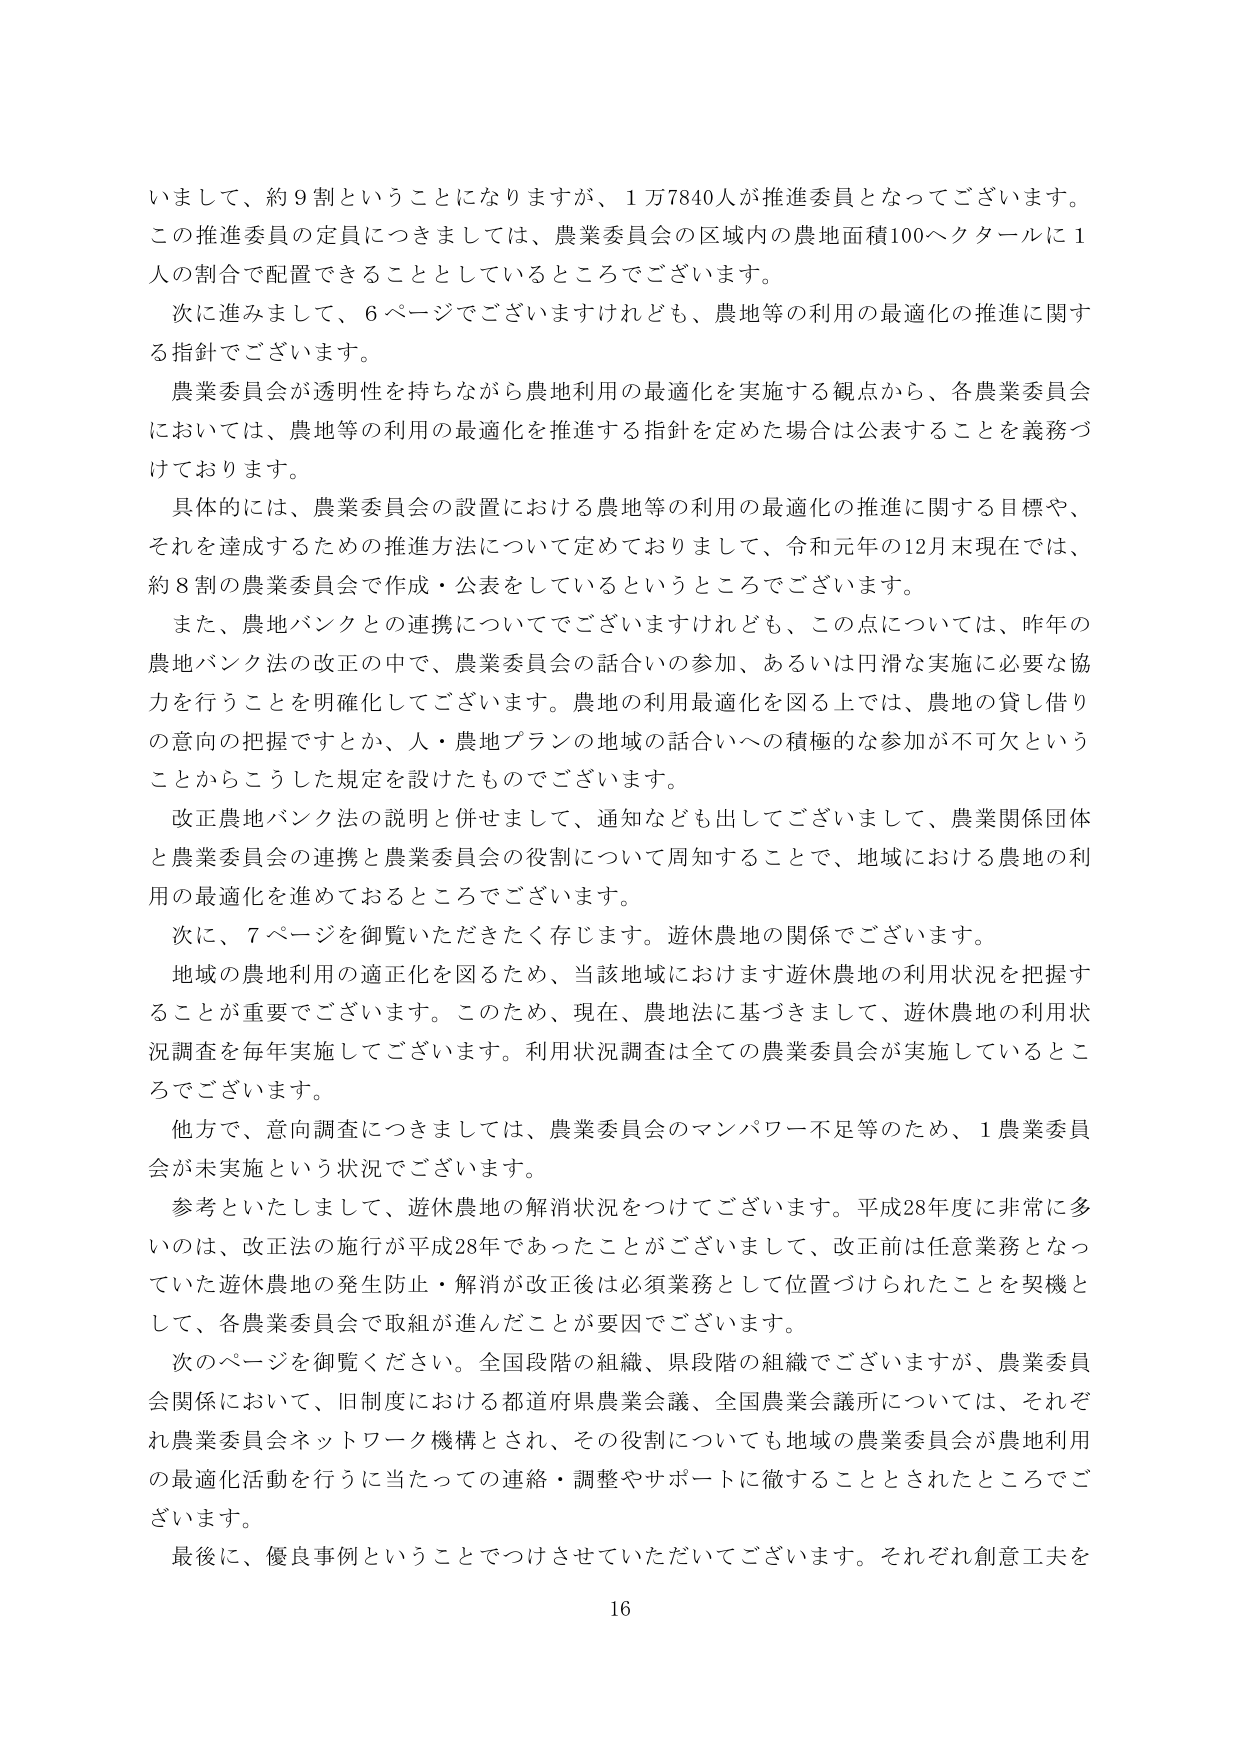
いまして、約９割ということになりますが、１万7840人が推進委員となってございます。
この推進委員の定員につきましては、農業委員会の区域内の農地面積100ヘクタールに１人の割合で配置できることとしているところでございます。
次に進みまして、６ページでございますけれども、農地等の利用の最適化の推進に関する指針でございます。
農業委員会が透明性を持ちながら農地利用の最適化を実施する観点から、各農業委員会においては、農地等の利用の最適化を推進する指針を定めた場合は公表することを義務づけております。
具体的には、農業委員会の設置における農地等の利用の最適化の推進に関する目標や、それを達成するための推進方法について定めておりまして、令和元年の12月末現在では、約８割の農業委員会で作成・公表をしているというところでございます。
また、農地バンクとの連携についてでございますけれども、この点については、昨年の農地バンク法の改正の中で、農業委員会の話合いの参加、あるいは円滑な実施に必要な協力を行うことを明確化してございます。農地の利用最適化を図る上では、農地の貸し借りの意向の把握ですとか、人・農地プランの地域の話合いへの積極的な参加が不可欠ということからこうした規定を設けたものでございます。
改正農地バンク法の説明と併せまして、通知なども出してございまして、農業関係団体と農業委員会の連携と農業委員会の役割について周知することで、地域における農地の利用の最適化を進めておるところでございます。
次に、７ページを御覧いただきたく存じます。遊休農地の関係でございます。
地域の農地利用の適正化を図るため、当該地域におけます遊休農地の利用状況を把握することが重要でございます。このため、現在、農地法に基づきまして、遊休農地の利用状況調査を毎年実施してございます。利用状況調査は全ての農業委員会が実施しているところでございます。
他方で、意向調査につきましては、農業委員会のマンパワー不足等のため、１農業委員会が未実施という状況でございます。
参考といたしまして、遊休農地の解消状況をつけてございます。平成28年度に非常に多いのは、改正法の施行が平成28年であったことがございまして、改正前は任意業務となっていた遊休農地の発生防止・解消が改正後は必須業務として位置づけられたことを契機として、各農業委員会で取組が進んだことが要因でございます。
次のページを御覧ください。全国段階の組織、県段階の組織でございますが、農業委員会関係において、旧制度における都道府県農業会議、全国農業会議所については、それぞれ農業委員会ネットワーク機構とされ、その役割についても地域の農業委員会が農地利用の最適化活動を行うに当たっての連絡・調整やサポートに徹することとされたところでございます。
最後に、優良事例ということでつけさせていただいてございます。それぞれ創意工夫を
16